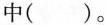
中（）。